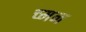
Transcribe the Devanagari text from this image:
च्मन